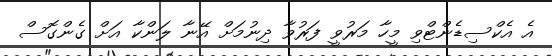
އެ އެކްސިޑެންޓްވި މީހާ މަރުވީ ފަރުވާ ދިނުމަށް އޭނާ ލަންކާ އަށް ގެންގޮސް